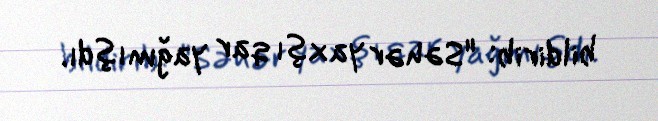
bildirib: "Səhər yaxşı qar yağmışdı.